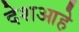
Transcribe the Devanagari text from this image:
देशआहे